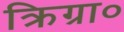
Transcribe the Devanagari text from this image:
क्रिग्रा०